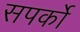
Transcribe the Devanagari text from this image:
सपर्को